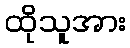
ထိုသူအား